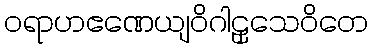
ဝရာဟဧဏေယျဝိဂါဠှသေဝိတေ